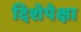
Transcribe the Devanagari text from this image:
दिशेपेक्षा